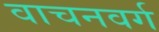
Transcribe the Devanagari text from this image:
वाचनवर्ग